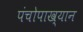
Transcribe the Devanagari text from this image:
पंचोपाख्यान